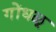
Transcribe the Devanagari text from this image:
गोंधळू